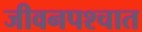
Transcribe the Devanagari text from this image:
जीवनपश्चात